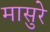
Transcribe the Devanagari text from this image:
मासुरे